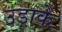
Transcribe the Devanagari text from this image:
उड़ाके